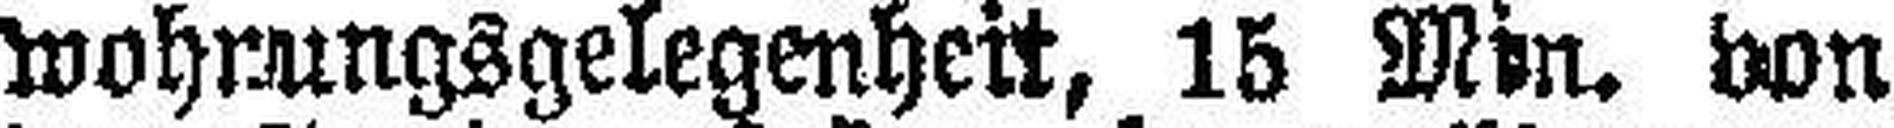
wohnungsgelegenheit, 15 Min. von